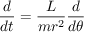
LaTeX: { \frac { d } { d t } } = { \frac { L } { m r ^ { 2 } } } { \frac { d } { d \theta } }